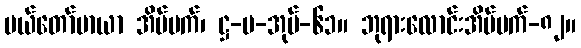
မယ်တော်မာယာ အိပ်မက်၊ ဋ္ဌ-ပ-အုပ်-၆၁။ ဘုရားလောင်းအိပ်မက်-၈၂။